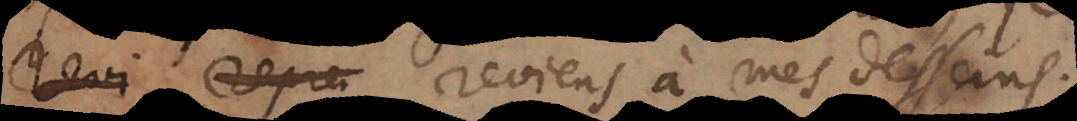
je reviens à mes desseins;